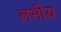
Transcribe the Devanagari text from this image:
लभीय